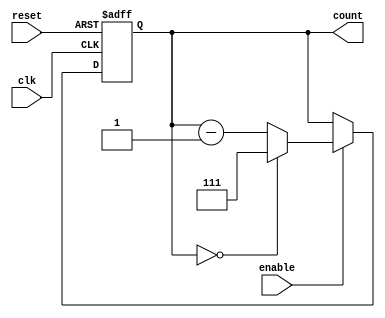
module binary_down_counter #(
    parameter MAX_VALUE = 3'b111 // Maximum count value (7 for a 3-bit counter)
) (
    input wire clk,           // Clock signal
    input wire reset,         // Asynchronous reset signal
    input wire enable,        // Enable signal
    output reg [2:0] count    // 3-bit output for the counter
);

// Asynchronous reset and counting behavior
always @(posedge clk or posedge reset) begin
    if (reset) begin
        // Reset the counter to the maximum value
        count <= MAX_VALUE;
    end else if (enable) begin
        // Decrement the counter if enabled
        if (count == 3'b000) begin
            // Wrap around to the maximum value
            count <= MAX_VALUE;
        end else begin
            // Decrement the current count
            count <= count - 1;
        end
    end
    // If enable is low, the count value remains unchanged
end

endmodule